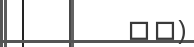
٧٠)